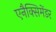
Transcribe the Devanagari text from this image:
एनैक्सिमेंडर